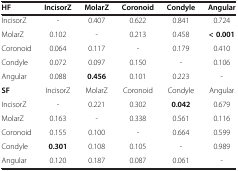
<table><thead><tr><td><b>HF</b></td><td><b>IncisorZ</b></td><td><b>MolarZ</b></td><td><b>Coronoid</b></td><td><b>Condyle</b></td><td><b>Angular</b></td></tr></thead><tbody><tr><td>IncisorZ</td><td>-</td><td>0.407</td><td>0.622</td><td>0.841</td><td>0.724</td></tr><tr><td>MolarZ</td><td>0.102</td><td>-</td><td>0.213</td><td>0.458</td><td><b>&lt; 0.001</b></td></tr><tr><td>Coronoid</td><td>0.064</td><td>0.117</td><td>-</td><td>0.179</td><td>0.410</td></tr><tr><td>Condyle</td><td>0.072</td><td>0.097</td><td>0.150</td><td>-</td><td>0.106</td></tr><tr><td>Angular</td><td>0.088</td><td><b>0.456</b></td><td>0.101</td><td>0.223</td><td>-</td></tr><tr><td><b>SF</b></td><td>IncisorZ</td><td>MolarZ</td><td>Coronoid</td><td>Condyle</td><td>Angular</td></tr><tr><td>IncisorZ</td><td>-</td><td>0.221</td><td>0.302</td><td><b>0.042</b></td><td>0.679</td></tr><tr><td>MolarZ</td><td>0.163</td><td>-</td><td>0.338</td><td>0.561</td><td>0.116</td></tr><tr><td>Coronoid</td><td>0.155</td><td>0.100</td><td>-</td><td>0.664</td><td>0.599</td></tr><tr><td>Condyle</td><td><b>0.301</b></td><td>0.108</td><td>0.105</td><td>-</td><td>0.989</td></tr><tr><td>Angular</td><td>0.120</td><td>0.187</td><td>0.087</td><td>0.061</td><td>-</td></tr></tbody></table>